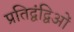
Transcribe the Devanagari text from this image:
प्रतिद्वंद्विओं